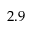
2 . 9